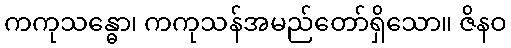
ကကုသန္ဓော၊ ကကုသန်အမည်တော်ရှိသော။ ဇိနဝ